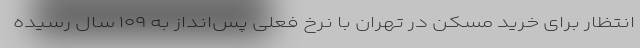
انتظار برای خرید مسکن در تهران با نرخ فعلی پس‌انداز به ۱۰۹ سال رسیده